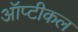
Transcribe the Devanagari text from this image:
ऑप्टीकल